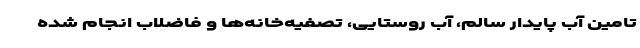
تامین آب پایدار سالم، آب روستایی، تصفیه‌خانه‌ها و فاضلاب انجام شده